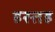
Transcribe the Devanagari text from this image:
हस्तह